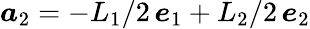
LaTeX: \boldsymbol a_{2}=-L_{1}/2\, \boldsymbol e_{1}+L_{2}/2\, \boldsymbol e_{2}